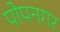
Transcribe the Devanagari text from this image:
पोपनगर